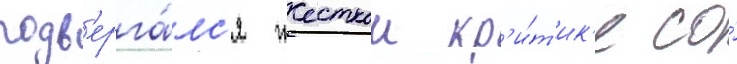
подв'ерга́лс'я жесткои кр'и́т'ик'е со́